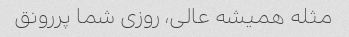
مثله همیشه عالی، روزی شما پررونق